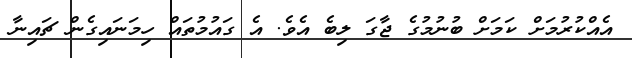
އެއްކުރުމަށް ކަމަށް ބުނުމުގެ ޖާގަ ލިބެ އެވެ. އެ ގައުމުތައް ހިމަނައިގެން ޗައިނާ